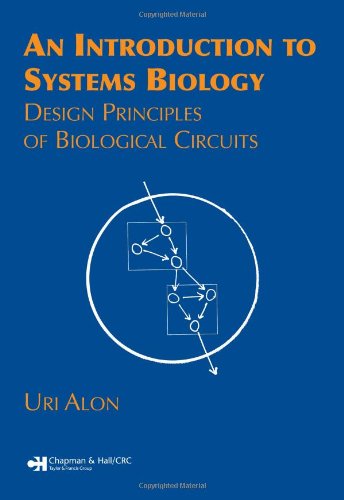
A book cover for An Introduction to Systems Biology: Design Principles of Biological Circuits (Chapman & Hall/CRC Mathematical and Computational Biology); Uri Alon; Medical Books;